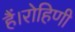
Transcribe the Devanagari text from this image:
हैं।रोहिणी